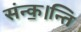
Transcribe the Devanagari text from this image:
संन्क॒।न्ति